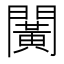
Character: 𨶰